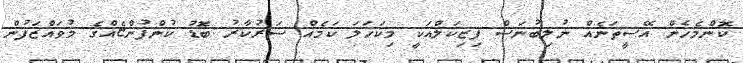
ކޮންމެހެން އޭސީތަނެއް ނުލިބުނަސް ފިޒިކަލްއަކީ މިކަހަލަ ކަމެއް ސަރުކާރު ބޮަޑު ކުންފުންޏެއްގެ މުވައްޒަފުން